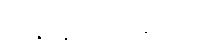
အနာနာကထိကော